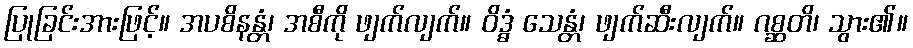
ပြုခြင်းအားဖြင့်။ အပစိနန္တံ၊ အစီကို ဖျက်လျက်။ ဝိဒ္ဓံ သေန္တံ၊ ဖျက်ဆီးလျက်။ ဂစ္ဆတိ၊ သွား၏။